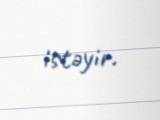
istəyir.